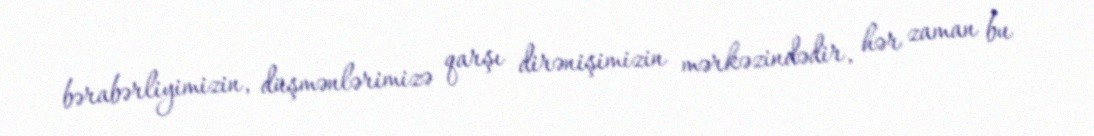
bərabərliyimizin, düşmənlərimizə qarşı dirənişimizin mərkəzindədir, hər zaman bu